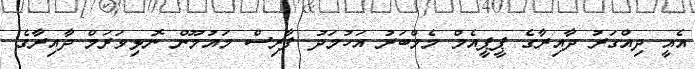
އެއީ ދިއްގަރު ދާއިރާގެ ޕީޕީއެމް މެމްބަރު އަހުމަދު ފާރިސް މައުމޫން ނޮޅިވަރަމް ދާއިރާގެ